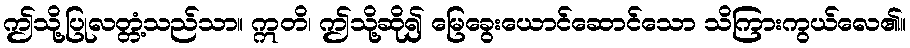
ဤသို့ပြုလတ္တံ့သည်သာ။ ဣတိ၊ ဤသို့ဆို၍ မြေခွေးယောင်ဆောင်သော သိကြားကွယ်လေ၏။